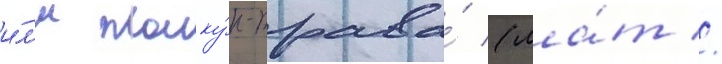
и́л'и плаку́н-трава́ (ла́т //